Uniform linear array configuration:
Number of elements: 32
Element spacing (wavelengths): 0.25
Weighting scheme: exponential
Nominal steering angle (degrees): -60
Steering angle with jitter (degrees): -60.097
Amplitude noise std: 0.05
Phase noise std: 0.05

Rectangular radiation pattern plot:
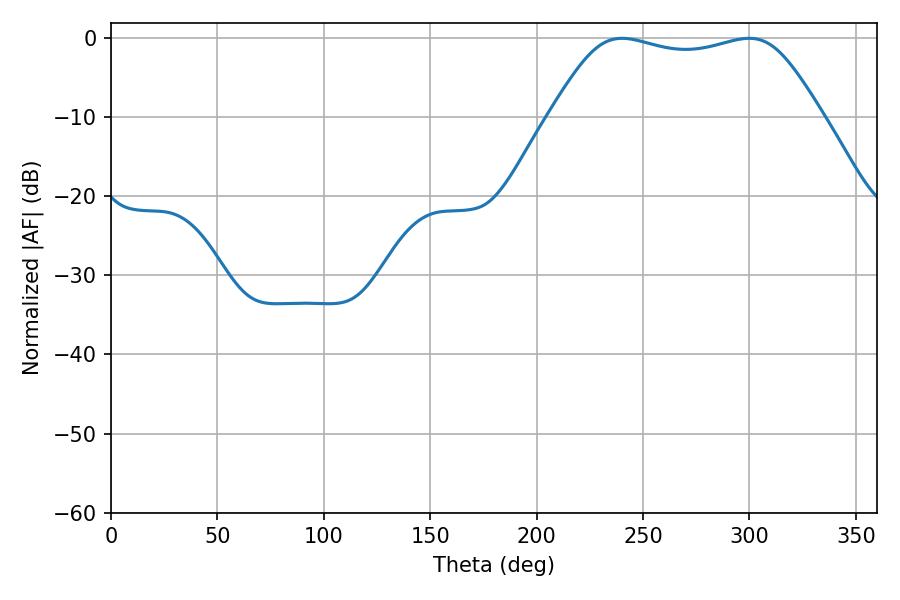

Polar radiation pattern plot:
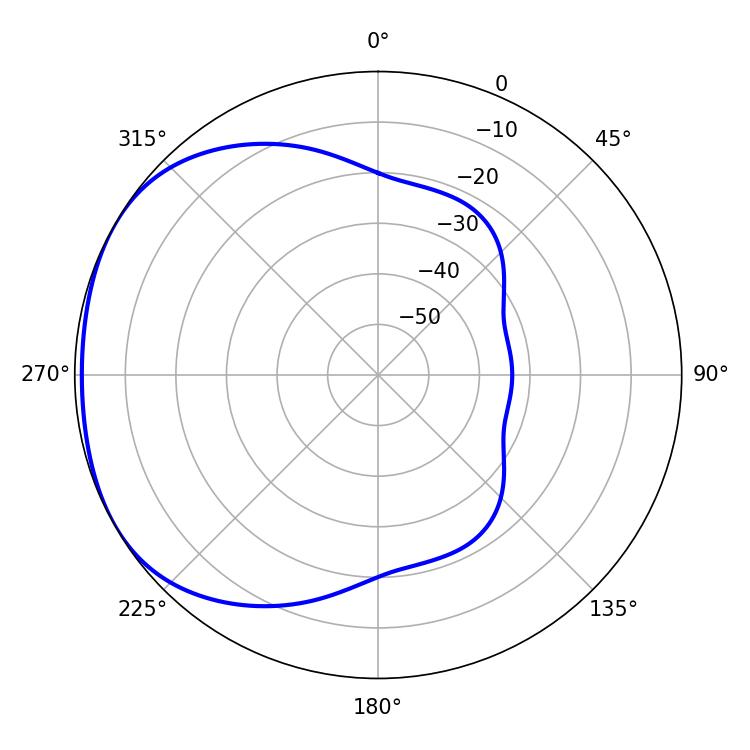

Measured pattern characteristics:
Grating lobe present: FALSE
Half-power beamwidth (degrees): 96.84
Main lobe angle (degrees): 240.12